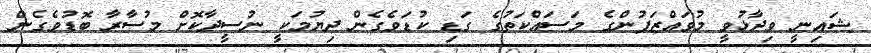
ޝައިނީ ވިދާޅުވީ މުވައްޒަފުންގެ މަސައްކަތުގެ ގަޑި ކުޑަވެގެން ދިޔުމަކީ ނުސީދާކޮށް މުސާރާ ބޮޑުވެގެން